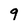
Character: 9